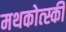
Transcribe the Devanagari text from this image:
मथकोत्स्की